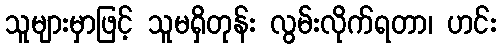
သူများမှာဖြင့် သူမရှိတုန်း လွမ်းလိုက်ရတာ၊ ဟင်း